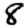
Digit: 8